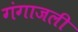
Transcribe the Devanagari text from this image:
गंगाजली